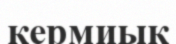
кермиық